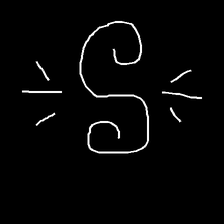
Glyph: wind-directs-air